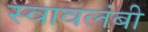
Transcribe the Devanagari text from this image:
स्‍वावलंबी